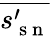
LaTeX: \overline{{s_{\mathrm{~s~n~}}^{\prime}}}